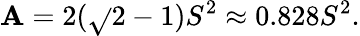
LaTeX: \mathbf{A}=2({\sqrt{}{{2}}}-1)S^{2}\approx0.828S^{2}.